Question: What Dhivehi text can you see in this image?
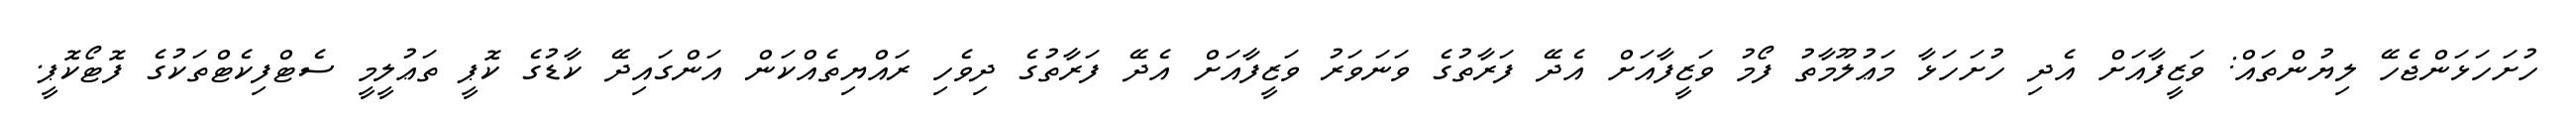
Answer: ހުށަހަޅަންޖެހޭ ލިޔުންތައް: ވަޒީފާއަށް އެދި ހުށަހަޅާ މަޢުލޫމާތު ފޯމު ވަޒީފާއަށް އެދޭ ފަރާތުގެ ވަނަވަރު ވަޒީފާއަށް އެދޭ ފަރާތުގެ ދިވެހި ރައްޔިތެއްކަން އަންގައިދޭ ކާޑުގެ ކޮޕީ ތަޢުލީމީ ސެޓްފިކެޓްތަކުގެ ފޮޓޯކޮޕީ.